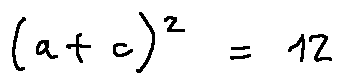
( a + c ) ^ { 2 } = 1 2